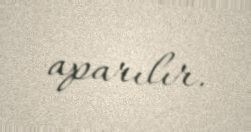
aparılır.